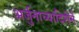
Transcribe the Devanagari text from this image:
अर्जुनाच्यादिशेने